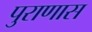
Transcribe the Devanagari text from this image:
पुराणास